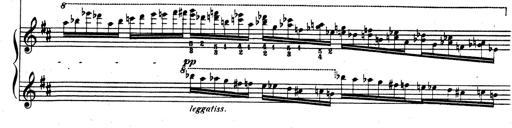
Title: Rhapsodie espagnole
Composer: Franz Liszt